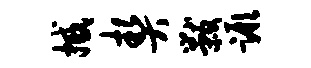
撼契黻蹶